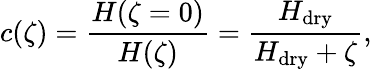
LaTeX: c(\zeta)=\frac{H(\zeta=0)}{H(\zeta)}=\frac{H_{\mathrm{dry}}}{H_{\mathrm{dry}}+\zeta},